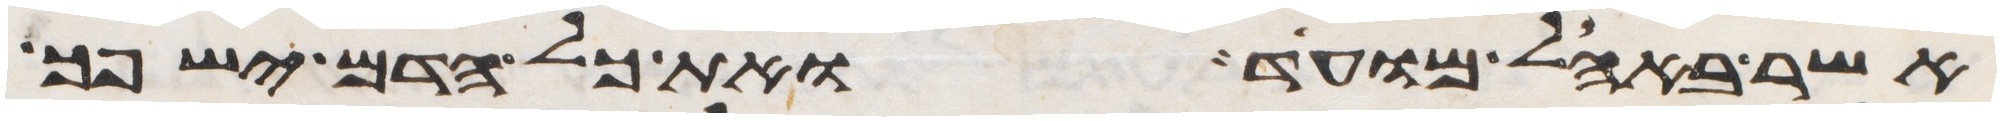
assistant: אשר באהל מועד ואת כל הדם ישפך